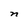
Character: n